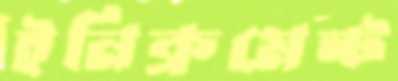
ইনিক্রমেন্ট